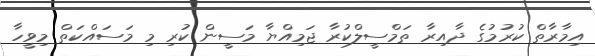
އިމާރާތް ކުރުމުގެ ދާއިރާ ތަމްސީލްކުރާ ޖަމިއްޔާ މަސީން ކުރި މި މަސައްކަތް މިވީހާ